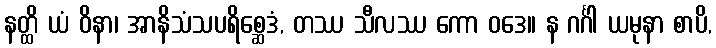
နတ္ထိ ယံ ဝိနာ၊ အာနိသံသပရိစ္ဆေဒံ, တဿ သီလဿ ကော ဝဒေ။ န ဂင်္ဂါ ယမုနာ စာပိ,